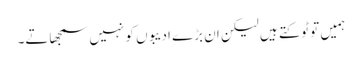
ہمیں تو ٹوکتے ہیں لیکن ان بڑے ادیبوں کو نہیں سمجھاتے۔